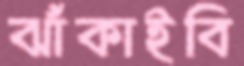
ঝাঁকাইবি